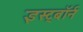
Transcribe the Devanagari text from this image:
इस्ट्बॉर्न